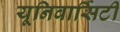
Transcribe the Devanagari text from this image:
यूनिवार्सिटी